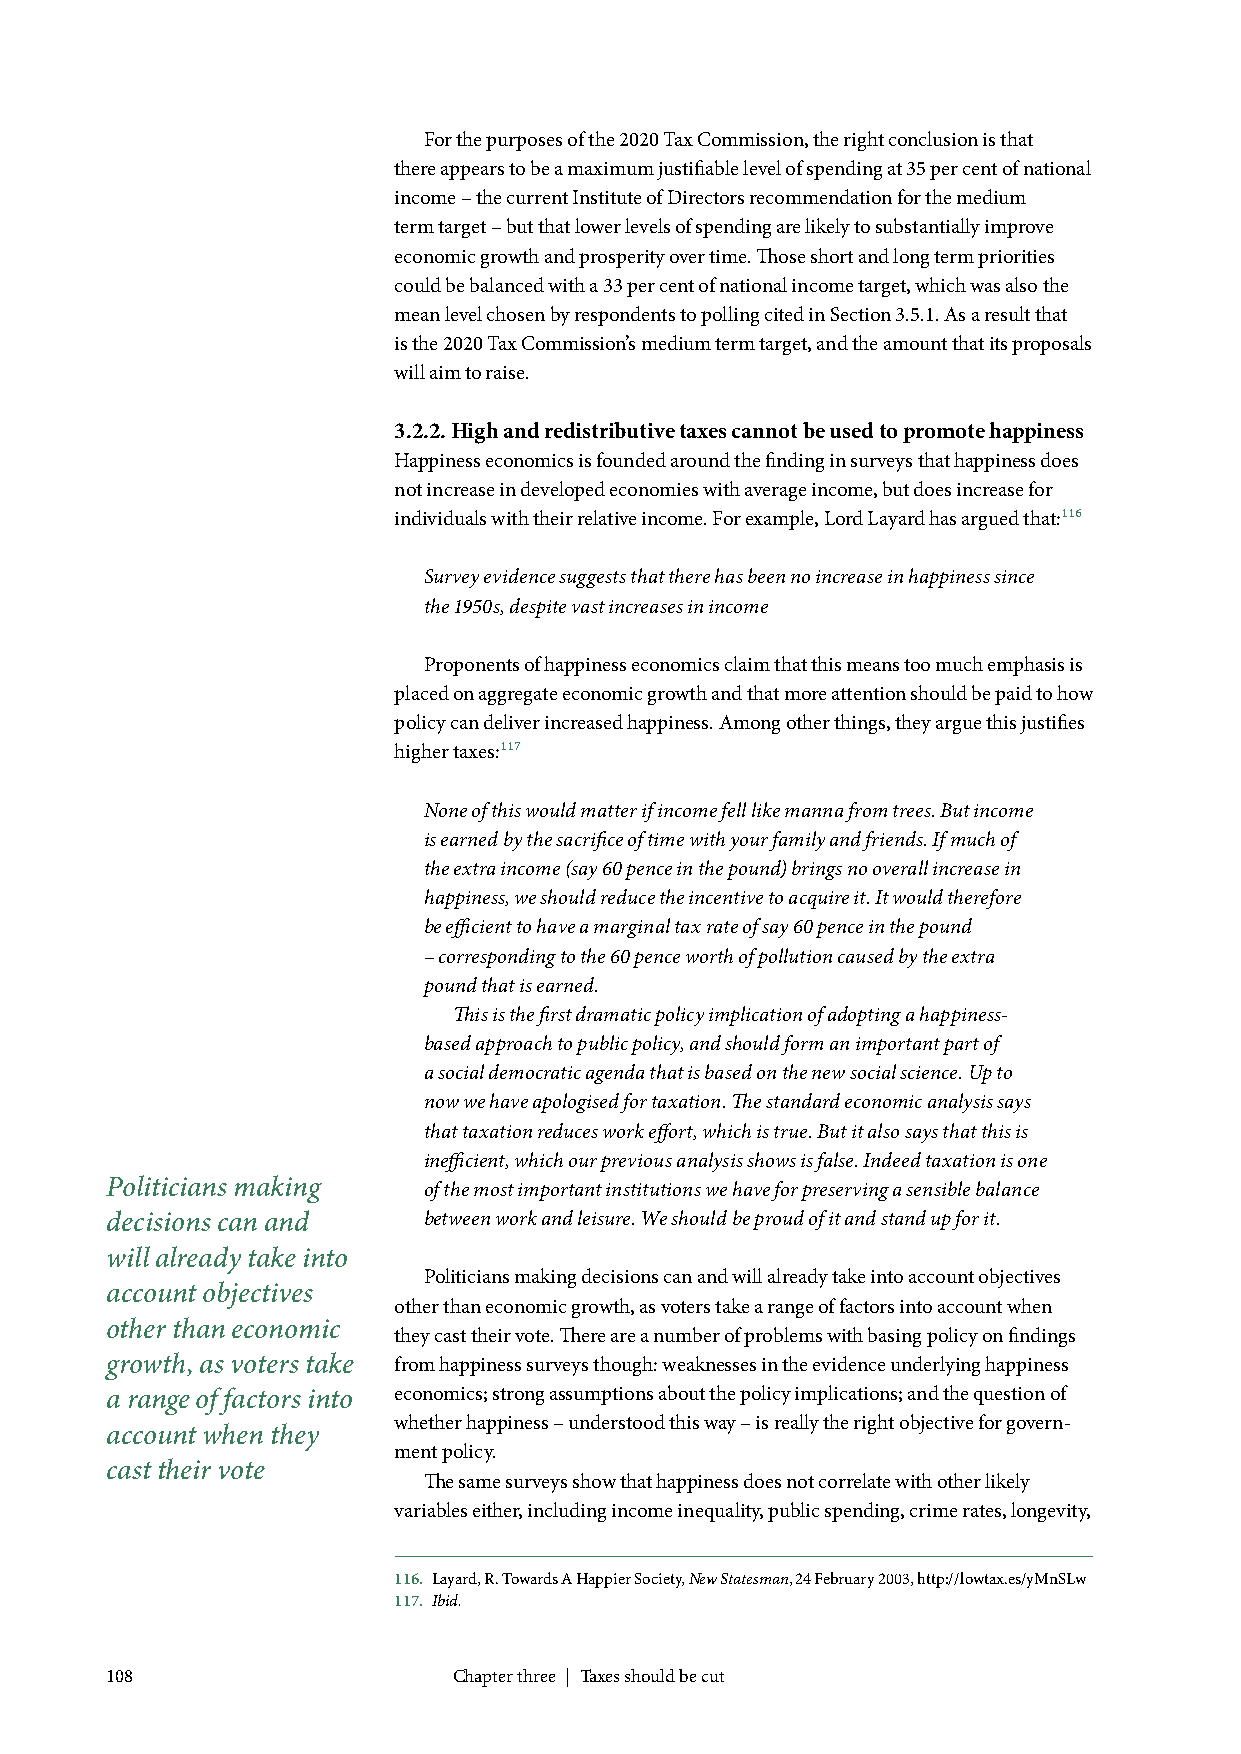
For the purposes of the 2020 Tax Commission, the right conclusion is that
 there appears to be a maximum justifiable level of spending at 35 per cent of national
 income – the current Institute of Directors recommendation for the medium
 term target – but that lower levels of spending are likely to substantially improve
 economic growth and prosperity over time. Those short and long term priorities
 could be balanced with a 33 per cent of national income target, which was also the
 mean level chosen by respondents to polling cited in Section 3.5.1. As a result that
 is the 2020 Tax Commission’s medium term target, and the amount that its proposals
 will aim to raise.
 3.2.2. High and redistributive taxes cannot be used to promote happiness
 Happiness economics is founded around the finding in surveys that happiness does
 not increase in developed economies with average income, but does increase for
 individuals with their relative income. For example, Lord Layard has argued that:116
 Survey evidence suggests that there has been no increase in happiness since
 the 1950s, despite vast increases in income
 Proponents of happiness economics claim that this means too much emphasis is
 placed on aggregate economic growth and that more attention should be paid to how
 policy can deliver increased happiness. Among other things, they argue this justifies
 higher taxes:117
 None of this would matter if income fell like manna from trees. But income
 is earned by the sacrifice of time with your family and friends. If much of
 the extra income (say 60 pence in the pound) brings no overall increase in
 happiness, we should reduce the incentive to acquire it. It would therefore
 be efficient to have a marginal tax rate of say 60 pence in the pound
 – corresponding to the 60 pence worth of pollution caused by the extra
 pound that is earned.
 This is the first dramatic policy implication of adopting a happiness-
 based approach to public policy, and should form an important part of
 a social democratic agenda that is based on the new social science. Up to
 now we have apologised for taxation. The standard economic analysis says
 that taxation reduces work effort, which is true. But it also says that this is
 inefficient, which our previous analysis shows is false. Indeed taxation is one
 Politicians making   of the most important institutions we have for preserving a sensible balance
 decisions can and    between work and leisure. We should be proud of it and stand up for it.
 will already take into
 Politicians making decisions can and will already take into account objectives
 account objectives
 other than economic growth, as voters take a range of factors into account when
 other than economic
 they cast their vote. There are a number of problems with basing policy on findings
 growth, as voters take from happiness surveys though: weaknesses in the evidence underlying happiness
 a range of factors into economics; strong assumptions about the policy implications; and the question of
 whether happiness – understood this way – is really the right objective for govern-
 account when they
 ment policy.
 cast their vote
 The same surveys show that happiness does not correlate with other likely
 variables either, including income inequality, public spending, crime rates, longevity,
 116. Layard, R. Towards A Happier Society, New Statesman, 24 February 2003, http://lowtax.es/yMnSLw
 117. Ibid.
 108                    Chapter three | Taxes should be cut